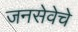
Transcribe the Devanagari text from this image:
जनसेवेचे